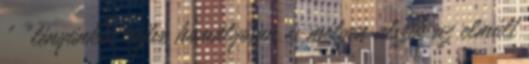
" "lényünkbe rejtve homályosan és mélyen alszik az elmúlt